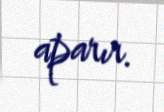
aparır.